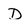
Character: D